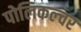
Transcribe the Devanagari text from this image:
पोलिकल्चर